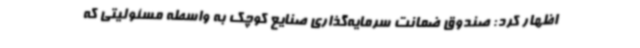
اظهار کرد: صندوق ضمانت سرمایه‌گذاری صنایع کوچک به واسطه مسئولیتی که